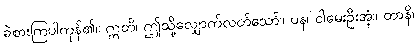
ခဲစားကြပါကုန်၏။ ဣတိ၊ ဤသို့လျှောက်လတ်သော်။ ပန၊ ငါမေးဦးအံ့။ တာနိ၊